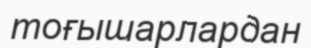
тоғышарлардан